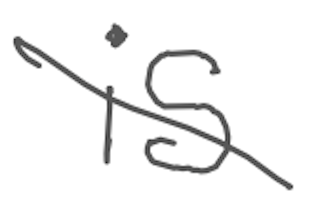
Text: is
Cross-out: diagonal
Writing tool: digital_gray